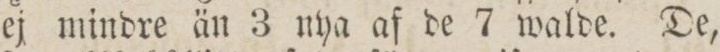
ej mindre än 3 nya af de 7 walde. De,